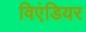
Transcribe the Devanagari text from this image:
विएंडियर